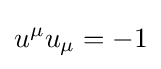
u^{\mu }u_{\mu }=-1